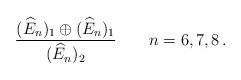
LaTeX: \begin{align*}\frac{(\widehat{E}_{n})_{1}\oplus(\widehat{E}_{n})_{1}}{(\widehat{E}_{n})_{2}}\qquad n=6,7,8\,.\end{align*}